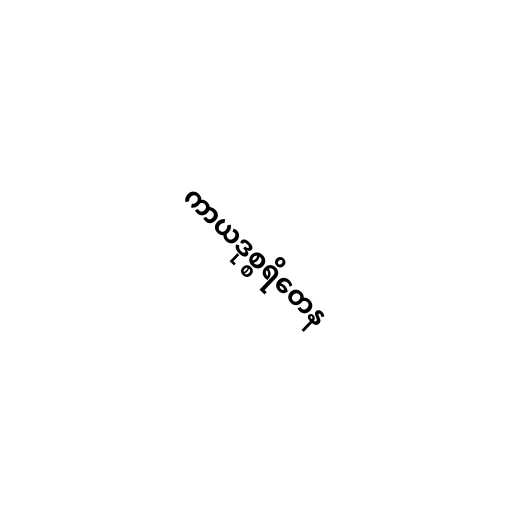
ကာယဒုစ္စရိတေန